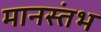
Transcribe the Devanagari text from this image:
मानस्तंभ